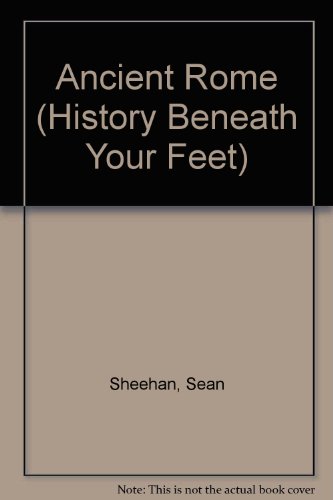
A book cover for Ancient Rome (History Beneath Your Feet); Sean Sheehan; Children's Books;